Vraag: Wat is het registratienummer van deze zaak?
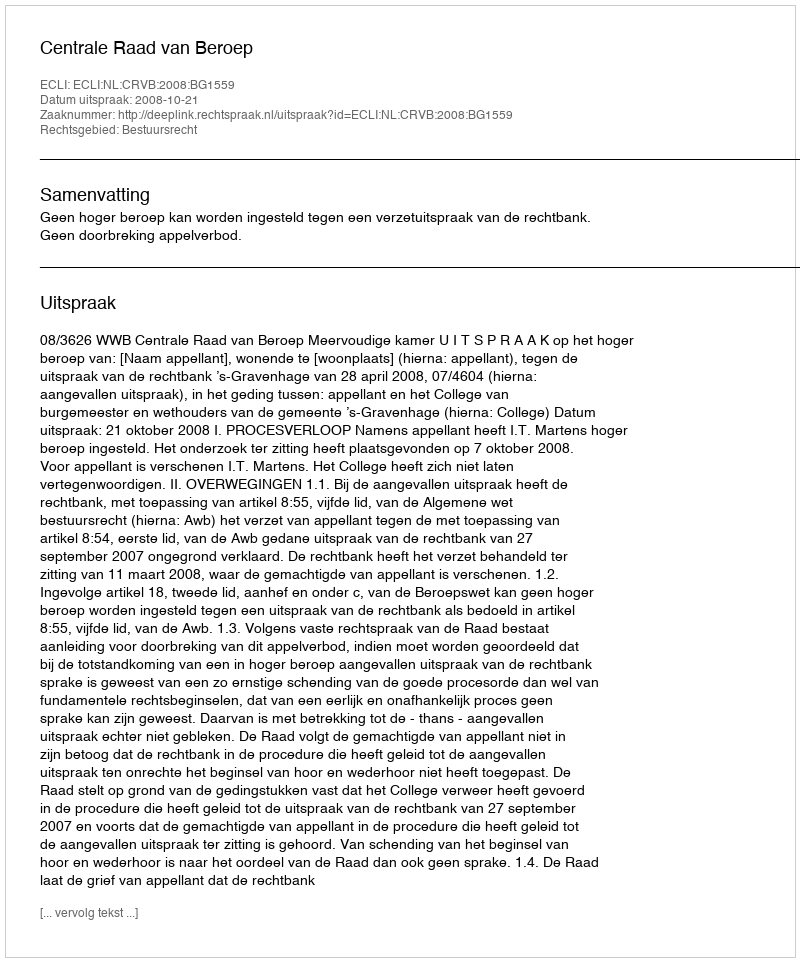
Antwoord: http://deeplink.rechtspraak.nl/uitspraak?id=ECLI:NL:CRVB:2008:BG1559